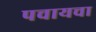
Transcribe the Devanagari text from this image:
पचायचा